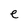
Character: e